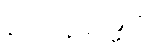
မေထုနဓမ္မေတိ